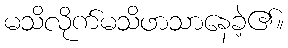
မသိလိုက်မသိဖာသာနေခဲ့၏။